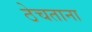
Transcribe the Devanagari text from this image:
ठेचताना